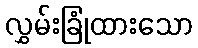
လွှမ်းခြုံထားသော